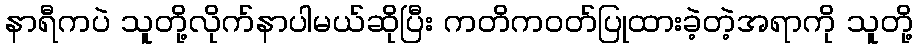
နာရီကပဲ သူတို့လိုက်နာပါမယ်ဆိုပြီး ကတိကဝတ်ပြုထားခဲ့တဲ့အရာကို သူတို့